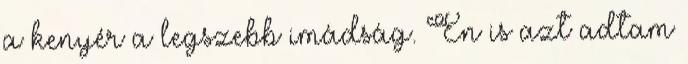
a kenyér a legszebb imádság. Én is azt adtam